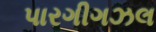
પારગીગઝલ